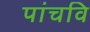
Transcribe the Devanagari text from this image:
पांचवि